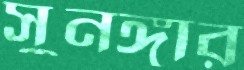
সুনঙ্গার